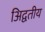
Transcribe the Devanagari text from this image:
अिद्वतीय